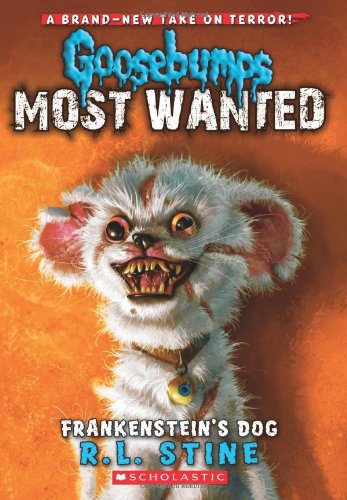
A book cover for Goosebumps Most Wanted #4: Frankenstein's Dog; R.L. Stine; Children's Books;